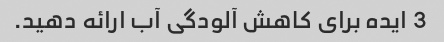
3 ایده برای کاهش آلودگی آب ارائه دهید.